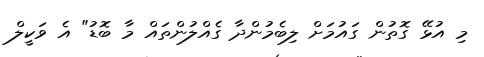
މި އުޅޭ ގޮތުން ގައުމަށް ލިބެމުންދާ ގެއްލުންތައް މާ ބޮޑު" އެ ވަކީލް